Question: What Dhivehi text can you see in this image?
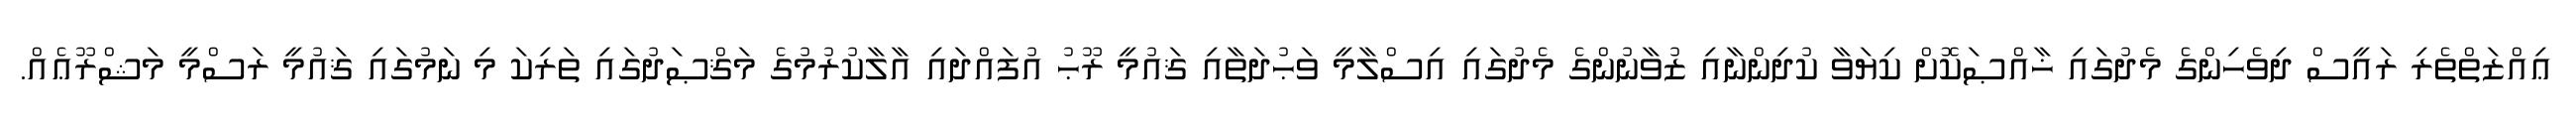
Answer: ޢިއްޒަތްތެރި ރައީސް ދިވެހިންގެ މެދުގައި ޚާއްޞަކޮށް ކިޔަވާ ކުދިންނާއި ޒުވާނުންގެ މެދުގައި އިސްލާމީ ވަޙުދަތާއި ޤައުމީ ރޫޙު އުފައްދައި އާލާކުރުމުގެ މަޤްޞަދުގައި ތަރިކަ މި ނަމުގައި ޤައުމީ ރަސްމީ މަޝްރޫޢެއް.